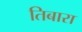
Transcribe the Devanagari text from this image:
तिबारा